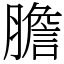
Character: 膽